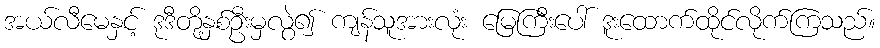
အယ်လီမေနှင့် ဒုဒီတို့နှစ်ဦးမှလွဲ၍ ကျန်သူအားလုံး မြေကြီးပေါ် ဒူးထောက်ထိုင်လိုက်ကြသည်။